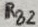
Text: RB2